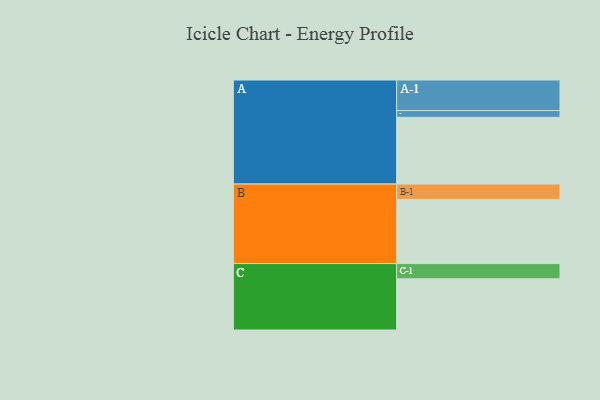
{"axis": {"x": "Segment", "y": "Value"}, "legend": ["", "A", "B", "C"], "data": [{"x": "A", "y": 500, "type": ""}, {"x": "B", "y": 481, "type": ""}, {"x": "C", "y": 384, "type": ""}, {"x": "A-1", "y": 229, "type": "A"}, {"x": "A-2", "y": 51, "type": "A"}, {"x": "B-1", "y": 115, "type": "B"}, {"x": "C-1", "y": 114, "type": "C"}]}